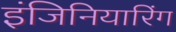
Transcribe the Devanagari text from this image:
इंजिनियारिंग